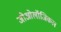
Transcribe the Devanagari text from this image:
जोओलॉजिकल